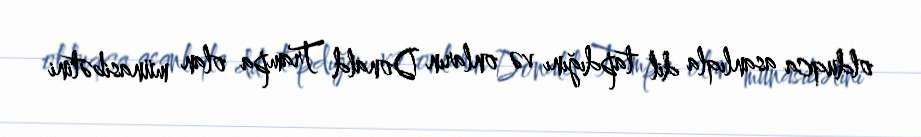
olduqca asanlıqla dil tapdığını və onların Donald Trampa olan münasibətini